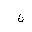
Letter: _non